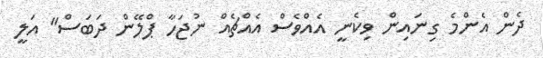
ދެން އެންމެ ގިނައިން ވިކެނީ އެއްވެސް އެއްޗެއް ނުޖަހާ ޕްލޭން ދަބަސް" އަލީ